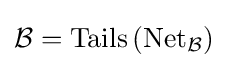
{\mathcal {B}}=\operatorname {Tails} \left(\operatorname {Net} _{\mathcal {B}}\right)